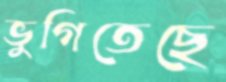
ভুগিতেছে